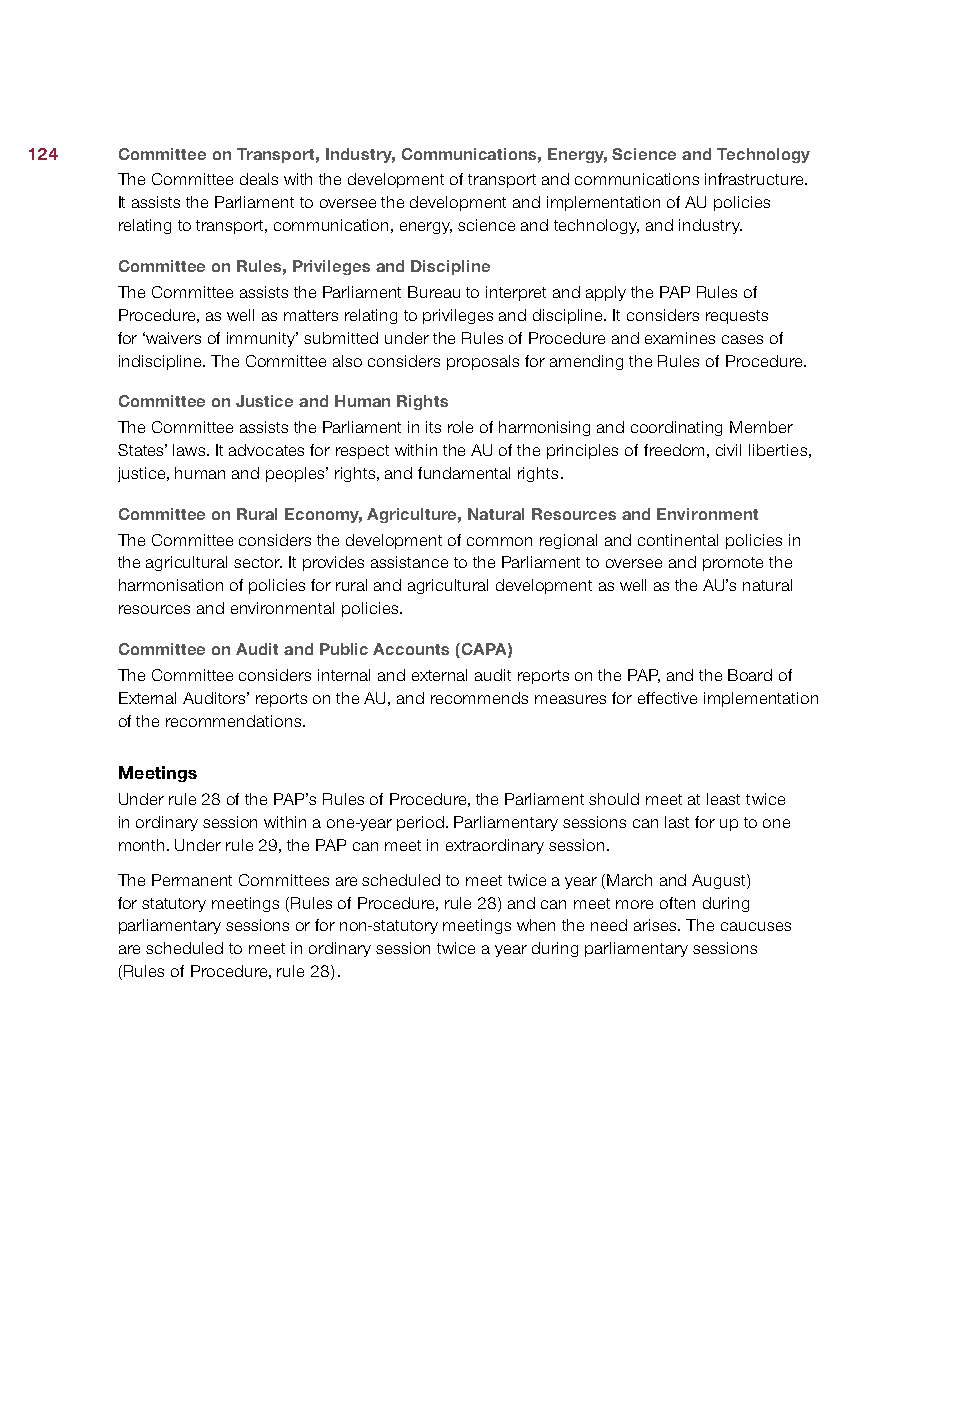
124   Committee on Transport, Industry, Communications, Energy, Science and Technology
 The Committee deals with the development of transport and communications infrastructure.
 It assists the Parliament to oversee the development and implementation of AU policies
 relating to transport, communication, energy, science and technology, and industry.
 Committee on Rules, Privileges and Discipline
 The Committee assists the Parliament Bureau to interpret and apply the PAP Rules of
 Procedure, as well as matters relating to privileges and discipline. It considers requests
 for ‘waivers of immunity’ submitted under the Rules of Procedure and examines cases of
 indiscipline. The Committee also considers proposals for amending the Rules of Procedure.
 Committee on Justice and Human Rights
 The Committee assists the Parliament in its role of harmonising and coordinating Member
 States’ laws. It advocates for respect within the AU of the principles of freedom, civil liberties,
 justice, human and peoples’ rights, and fundamental rights.
 Committee on Rural Economy, Agriculture, Natural Resources and Environment
 The Committee considers the development of common regional and continental policies in
 the agricultural sector. It provides assistance to the Parliament to oversee and promote the
 harmonisation of policies for rural and agricultural development as well as the AU’s natural
 resources and environmental policies.
 Committee on Audit and Public Accounts (CAPA)
 The Committee considers internal and external audit reports on the PAP, and the Board of
 External Auditors’ reports on the AU, and recommends measures for effective implementation
 of the recommendations.
 Meetings
 Under rule 28 of the PAP’s Rules of Procedure, the Parliament should meet at least twice
 in ordinary session within a one-year period. Parliamentary sessions can last for up to one
 month. Under rule 29, the PAP can meet in extraordinary session.
 The Permanent Committees are scheduled to meet twice a year (March and August)
 for statutory meetings (Rules of Procedure, rule 28) and can meet more often during
 parliamentary sessions or for non-statutory meetings when the need arises. The caucuses
 are scheduled to meet in ordinary session twice a year during parliamentary sessions
 (Rules of Procedure, rule 28).